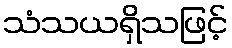
သံသယရှိသဖြင့်